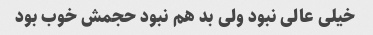
خیلی عالی نبود ولی بد هم نبود حجمش خوب بود